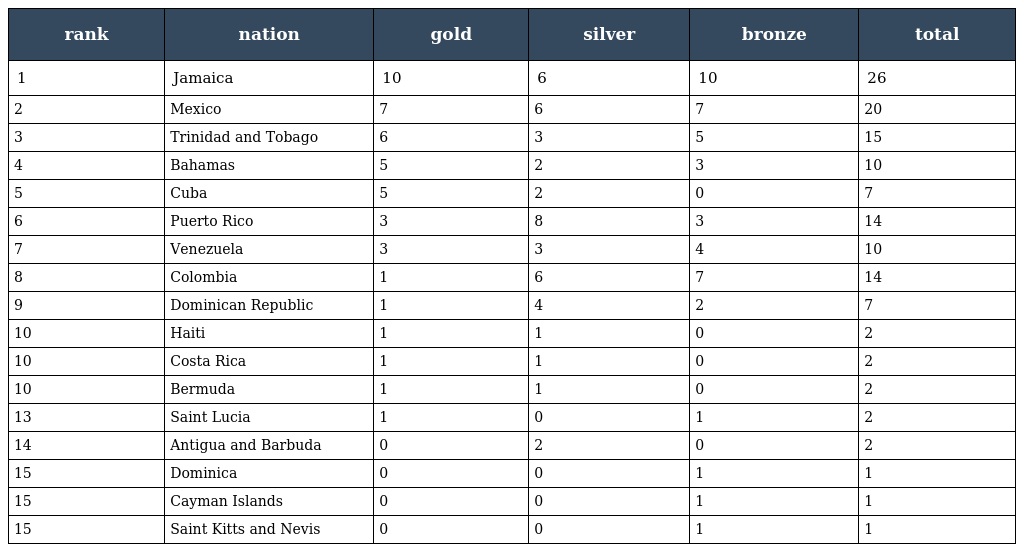
| rank | nation | gold | silver | bronze | total |
 | --- | --- | --- | --- | --- | --- |
 | 1 | Jamaica | 10 | 6 | 10 | 26 |
 | 2 | Mexico | 7 | 6 | 7 | 20 |
 | 3 | Trinidad and Tobago | 6 | 3 | 5 | 15 |
 | 4 | Bahamas | 5 | 2 | 3 | 10 |
 | 5 | Cuba | 5 | 2 | 0 | 7 |
 | 6 | Puerto Rico | 3 | 8 | 3 | 14 |
 | 7 | Venezuela | 3 | 3 | 4 | 10 |
 | 8 | Colombia | 1 | 6 | 7 | 14 |
 | 9 | Dominican Republic | 1 | 4 | 2 | 7 |
 | 10 | Haiti | 1 | 1 | 0 | 2 |
 | 10 | Costa Rica | 1 | 1 | 0 | 2 |
 | 10 | Bermuda | 1 | 1 | 0 | 2 |
 | 13 | Saint Lucia | 1 | 0 | 1 | 2 |
 | 14 | Antigua and Barbuda | 0 | 2 | 0 | 2 |
 | 15 | Dominica | 0 | 0 | 1 | 1 |
 | 15 | Cayman Islands | 0 | 0 | 1 | 1 |
 | 15 | Saint Kitts and Nevis | 0 | 0 | 1 | 1 |